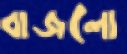
বাজলো